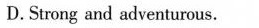
D.Strong and adventurous.